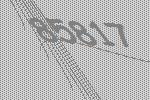
85817